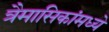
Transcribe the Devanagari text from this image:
त्रैमासिकांमध्ये